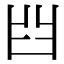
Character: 𦥒